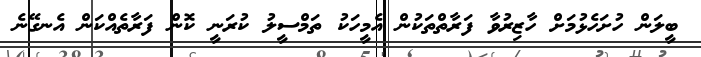
ބީލަން ހުށަހެޅުމަށް ހާޒިރުވާ ފަރާތްތަކުން އެމީހަކު ތަމްސީލު ކުރަނީ ކޮން ފަރާތެއްކަން އެނގޭނެ